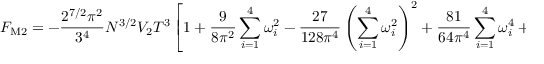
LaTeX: F _ { \mathrm { M 2 } } = - \frac { 2 ^ { 7 / 2 } \pi ^ { 2 } } { 3 ^ { 4 } } N ^ { 3 / 2 } V _ { 2 } T ^ { 3 } \left[ 1 + \frac { 9 } { 8 \pi ^ { 2 } } \sum _ { i = 1 } ^ { 4 } \omega _ { i } ^ { 2 } - \frac { 2 7 } { 1 2 8 \pi ^ { 4 } } \left( \sum _ { i = 1 } ^ { 4 } \omega _ { i } ^ { 2 } \right) ^ { 2 } + \frac { 8 1 } { 6 4 \pi ^ { 4 } } \sum _ { i = 1 } ^ { 4 } \omega _ { i } ^ { 4 } + \ldots \right]